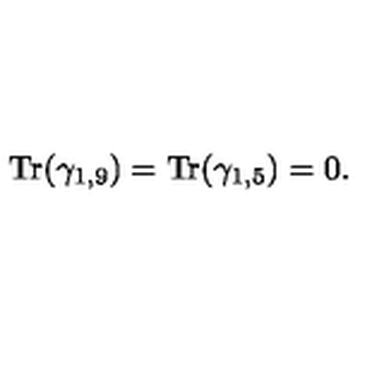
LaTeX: { \mathrm { T r } } ( \gamma _ { 1 , 9 } ) = { \mathrm { T r } } ( \gamma _ { 1 , 5 } ) = 0 .